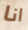
انا